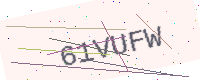
Text: 61VUFW